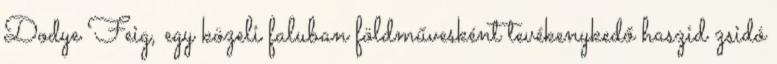
Dodye Feig, egy közeli faluban földművesként tevékenykedő haszid zsidó